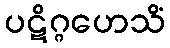
ပဋိဂ္ဂဟေသိံ